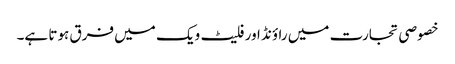
خصوصی تجارت میں راؤنڈ اور فلیٹ ویک میں فرق ہوتا ہے۔